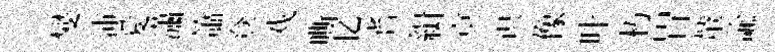
燮沛愛瀟簫登戏嘶忆耆緝㝠识像叶朽胃輦諭